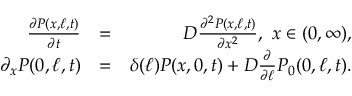
\begin{array} { r l r } { \frac { \partial P ( x , \ell , t ) } { \partial t } } & { = } & { D \frac { \partial ^ { 2 } P ( x , \ell , t ) } { \partial x ^ { 2 } } , \ x \in ( 0 , \infty ) , } \\ { \partial _ { x } P ( 0 , \ell , t ) } & { = } & { \delta ( \ell ) P ( x , 0 , t ) + D \frac { \partial } { \partial \ell } P _ { 0 } ( 0 , \ell , t ) . } \end{array}